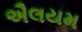
ઐલયમ